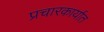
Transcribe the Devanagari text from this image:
प्रचारकार्यात